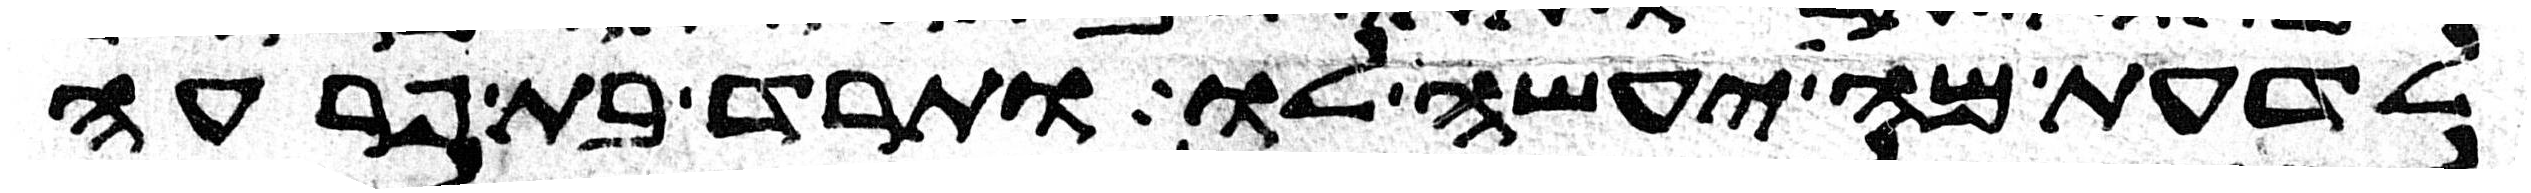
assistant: לדעת מה יעשה לו ותרד בת פרעה